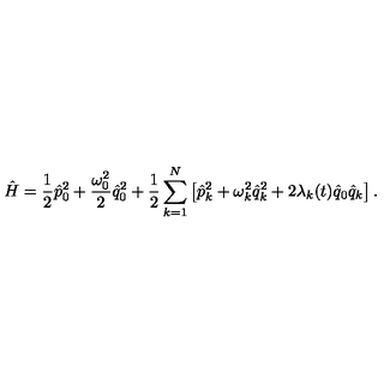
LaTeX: \hat { H } = \frac { 1 } { 2 } \hat { p } _ { 0 } ^ { 2 } + \frac { \omega _ { 0 } ^ { 2 } } { 2 } \hat { q } _ { 0 } ^ { 2 } + \frac { 1 } { 2 } \sum _ { k = 1 } ^ { N } \left[ \hat { p } _ { k } ^ { 2 } + \omega _ { k } ^ { 2 } \hat { q } _ { k } ^ { 2 } + 2 \lambda _ { k } ( t ) \hat { q } _ { 0 } \hat { q } _ { k } \right] .